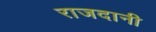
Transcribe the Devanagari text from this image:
राजदानी